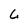
Character: L